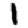
Digit: 1